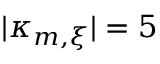
| \kappa _ { m , \xi } | = 5